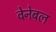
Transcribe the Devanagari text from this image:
वेनेबल